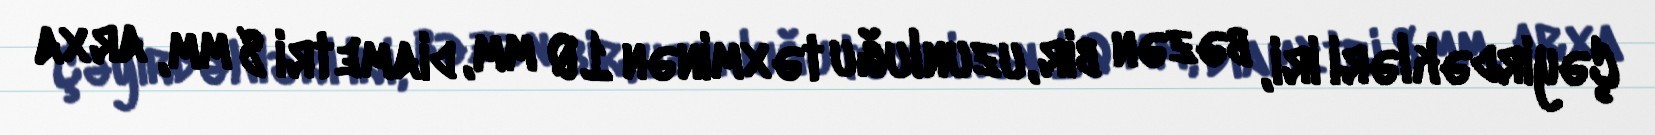
Çəyirdəkləri iri, bəzən bir, uzunluğu təxminən 10 mm, diametri 8 mm, arxa